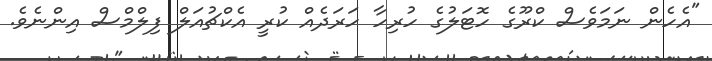
"އެހެން ނަމަވެސް ކްރޫގެ ހޮޓަލުގެ ހުރިހާ ހަރަދެއް ކުރީ އެކްޗުއަލް ފިލްމްސް އިންނެވެ.